Leaving Certificate Examination (including Day School Certificate (Higher) General paper), 1930
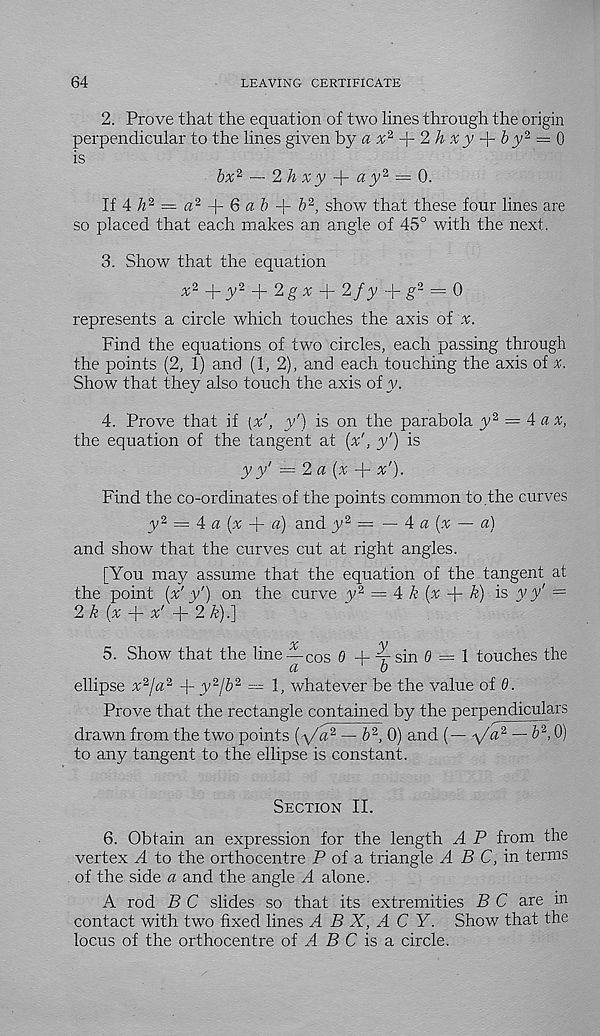
64
LEAVING CERTIFICATE
2. Prove that the equation of two lines through the origin
perpendicular to the lines given by a
-\-2hxy-\-b y^ — Q
is
bx* — 2hxy-\-ay‘ 2 ‘ = b.
If4^2 = a 2
Q ab + b 2 , show that these four lines are
so placed that each makes an angle of 45° with the next.
3. Show that the equation
x 2 +y 2 + 2gx + 2fy + g 2 = 0
represents a circle which touches the axis of x.
Find the equations of two circles, each passing through
the points (2, 1) and (1, 2), and each touching the axis of x.
Show that they also touch the axis of y.
4. Prove that if {%', y') is on the parabola y 2 = A a x,
the equation of the tangent at (x', y') is
y y' = 2 a {x + x').
Find the co-ordinates of the points common to the curves
y 2 — A a (x -j- a) and y 2 = — 4 « (.t — a)
and show that the curves cut at right angles.
[You may assume that the equation of the tangent at
the point (x' V) on the curve y 2 = A k (x
k) is vy' =
2k(% + %' -f 2 k)^
5. Show that the line— CO s 0 4-
sin 0 = 1 touches the
a
1
b
ellipse x 2 ja 2 -\- y 2 jb 2 -- 1, whatever be the value of 0.
Prove that the rectangle contained by the perpendiculars
drawn from the two points [y/a 2 — b 2 , 0) and {— y/a 2 — b 2 ,0)
to any tangent to the ellipse is constant.
Section II.
6. Obtain an expression for the length A P from the
vertex A to the orthocentre P of a triangle A B C,va terms
of the side a and the angle A alone.
A rod B C slides so that its extremities B C are in
contact with two fixed lines A B X, A C Y. Show that the
locus of the orthocentre of A B C is a circle.